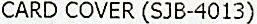
CARD COVER (SJB-4013)